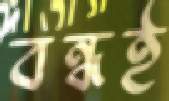
বন্ধই